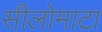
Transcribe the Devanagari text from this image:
सीलोमाटा